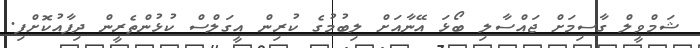
ޝަމްވީލް ގާސިމަށް ޖައްސާލި ބޯޅަ އޭނާއަށް ލިބުމުގެ ކުރިން އީގަލްސް ކުޅުންތެރީން ދިފާއުކޮށްފި.